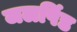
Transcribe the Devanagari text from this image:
जलपिंड